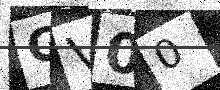
Text: CV00